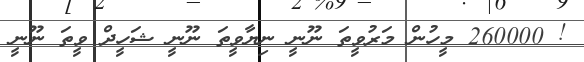
! 260000 މީހުން މަރުވީތަ ނޫނީ ނިޔާވީތަ ނޫނީ ޝަހީދް ވީތަ ނޫނީ